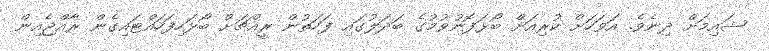
ޝައިމަށް ދިނެވެ. އަވަހަށް ކުރިއަށް ބޯޅަފޮނުވުމުގެ ބަދަލުގައި ފަހަތުން ރީއްޗަށް ބޯޅަހިފަހައްޓައިގެން ރާއްޖެއިން